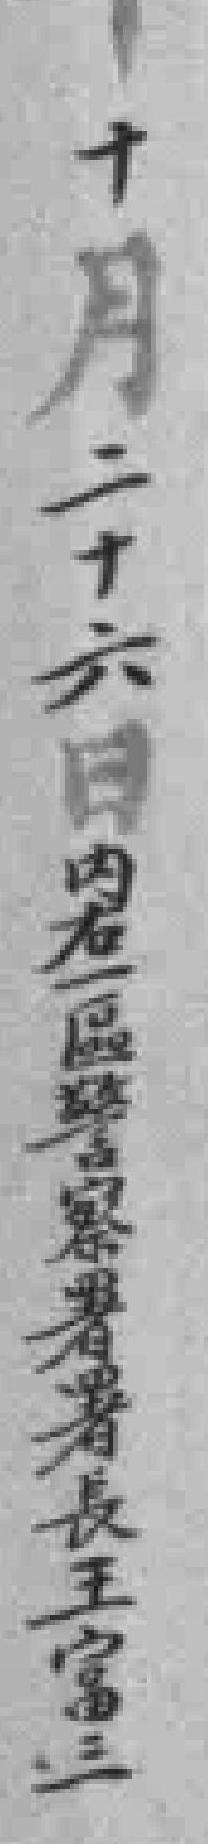
十月二十六日内右一區警察署署長王富三